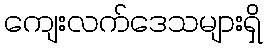
ကျေးလက်ဒေသများရှိ